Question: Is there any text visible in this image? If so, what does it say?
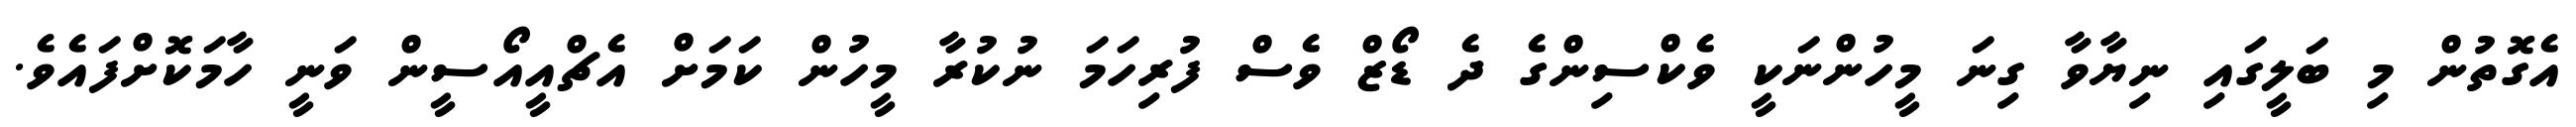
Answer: އެގޮތުން މި ބަލީގައި ނިޔާވާ ގިނަ މީހުންނަކީ ވެކްސިންގެ ދެ ޑޯޒް ވެސް ފުރިހަމަ ނުކުރާ މީހުން ކަމަށް އެޗްއީއޯސީން ވަނީ ހާމަކޮށްފައެވެ.